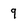
Character: 9